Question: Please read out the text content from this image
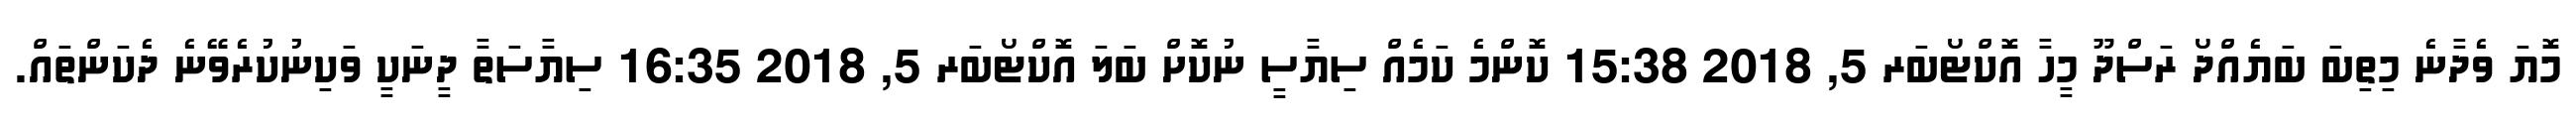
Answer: މޮޔަ ވެދާނެ މިތިބަ ބަޔެއްދޯ ރަސްދޫ މީހާ އޮކްޓޯބަރ 5, 2018 15:38 ކޮންމެ ކަމެއް ސިޔާސީ ނުކޮށް ބަލަ އޮކްޓޯބަރ 5, 2018 16:35 ސިޔާސަތާ ދީނަކީ ވަކިނުކުރެވޭނެ ދެކަންތައް.